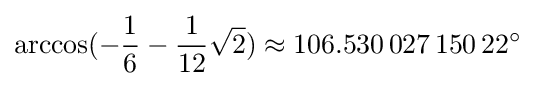
\arccos(-{\frac {1}{6}}-{\frac {1}{12}}{\sqrt {2}})\approx 106.530\,027\,150\,22^{\circ }